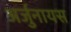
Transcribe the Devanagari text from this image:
अर्जुनायस